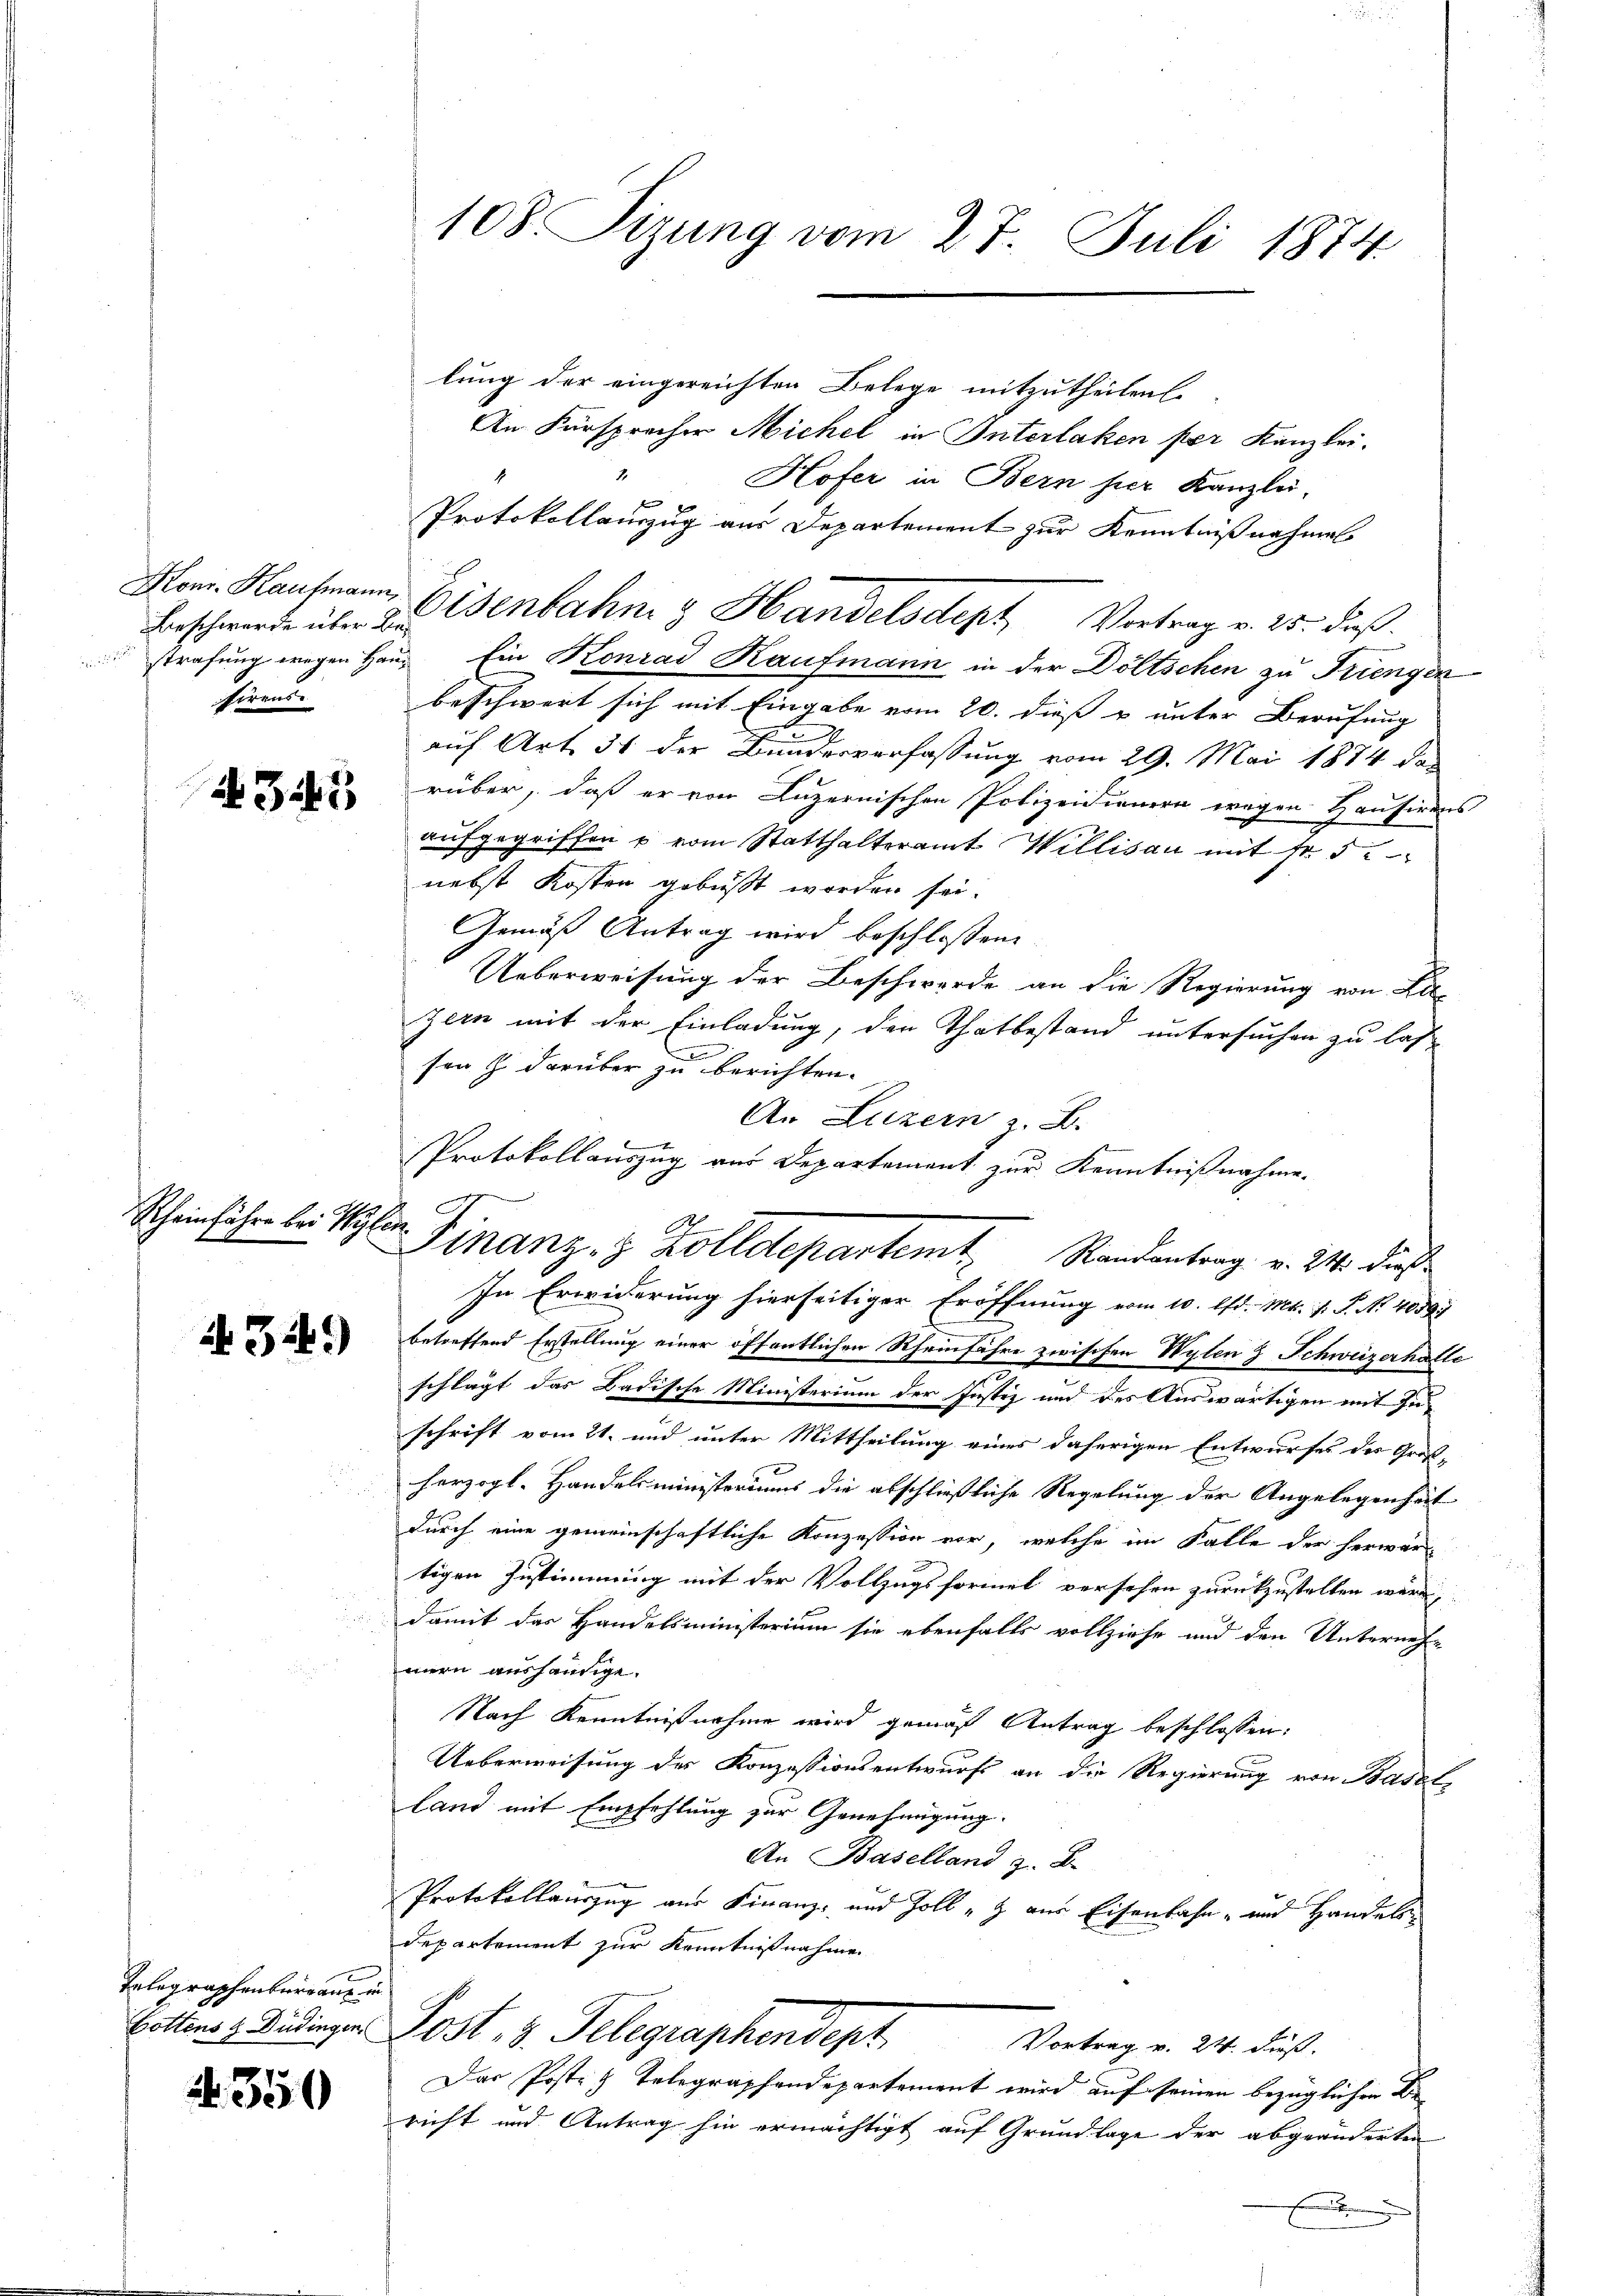
Beschwerde über Besirens

435

Rheinführe bei Wylen

1341)

Telegraphenbergane in

No. 350

108. Sizung vom 27. Juli 1874

lung der eingereichten Belege mitzutheilen.
An Fürsprecher Michel in Interlaken per Kanzlei.
Hofer in Bern hier Kanzlei,
Protokollauszug aus Departement zur Kenntniß nahmen
Mon. Kaufmann, Eisenbahn & Handelsdept Vortrag v. 25. Fuß.
strafung wegen Haus Ein Konrad Kaufmann in der Döltschen zu Triengen
beschwert sich mit Eingabe vom 20. dieß u unter Berufung
auf Art. 34 der Bundesverfassung vom 29. Mai 1874 das
rüber, daß er von Luzernischen Polizeidienern wegen Hausirens
aŭfgegriffen u vom Statthalteramt Willisau mit fr. 5.
nebst Kosten gebüßt worden sei.
Gemäß Antrag wird beschlossen
Ueberweisung der Beschwerde an die Regierung von Liezern mit der Einladung, den Thatbestand untersuchen zu las
e
sen & darüber zu berichten.
An Luzern z. B.
Protokollauszug aus Departement zur Kenntnißnahme.
In Erwiderung hierseitiger Eröffnung vom 10. Ed. Mt. P. P. Nr. 40597
betreffend Erstellung einer öffentlichen Rheinfahre zwischen Wylen & Schweizerhalte
schlägt das Badische Ministerium der Justiz und des Auswärtigen mit Inschrift vom 21. und unter Mittheilung eines daherigen Entwurfes der Groß-
herzogl. Handelsministeriums die abschließliche Regelung der Angelegenheit
durch eine gemeinschaftliche Konzession vor, welche im Falle der herwärtigen Zustimmung mit der Vollzugsformel versehen zurückzustellen wäre,
damit das Handelsministerium sie ebenfalls vollziehe und den Unternehm
mern aushändige.
Nach Kenntnißnahme wird gemäß Antrag beschlossen:
Ueberweisung des Konzessionsentwurfs an die Regierung von Basel-
land mit Empfehlung zur Genehmigung.
An Baselland z. B.
Protokollauszug aus Finanz- und Zoll „Z aus Eisenbahn- und Handels-
departement zur Kenntnißnahme
Bottens & Bedinger Post - 3. Telegraphendept
Vortrag v. 24. Fuß.
Das Posten Telegraphendepartement wird auf seinen bezüglichen Dir
richt und Antrag hin ermächtigt auf Grundlage der abgeänderten
.

Finanz, 8 Zolldepartemt. Randantrag v. 241. Die